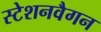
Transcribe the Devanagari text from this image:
स्टेशनवैगन